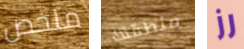
ملخص منطقتك رز